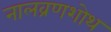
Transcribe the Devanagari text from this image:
नालव्रणशोथ